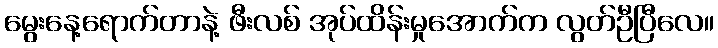
မွေးနေ့ရောက်တာနဲ့ ဖီးလစ် အုပ်ထိန်းမှုအောက်က လွတ်ဦပြီလေ။